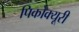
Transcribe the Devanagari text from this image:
पिकोक्यूरी